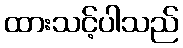
ထားသင့်ပါသည်